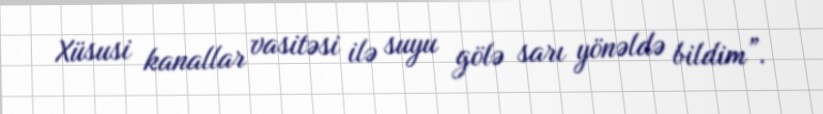
Xüsusi kanallar vasitəsi ilə suyu gölə sarı yönəldə bildim”.